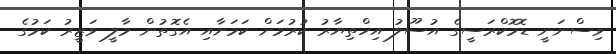
ވިސްނަނީ ޑޮމޮކްރަސީގެ އުސޫލު އިހްތިޔާރު ކުރުމަށް ކަމަށާއި އެގޮތުން މާލީ ވަޒީރު ކަމުގެ